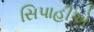
સિપાહીએ